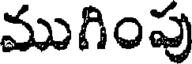
ముగింపు